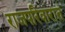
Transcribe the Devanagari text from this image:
राजपरिवारात